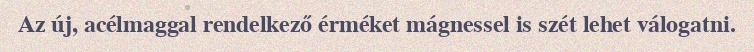
Az új, acélmaggal rendelkező érméket mágnessel is szét lehet válogatni.